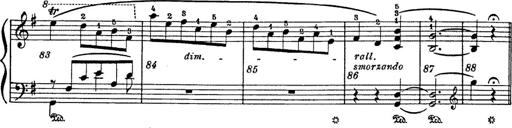
Title: 6 Polish Songs
Composer: Franz Liszt